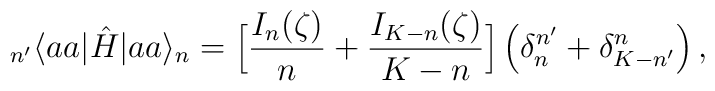
_{n'}\langle aa |\hat{H}| aa\rangle_n = \Big[\frac{I_n(\zeta)}{n} + \frac{I_{K-n}(\zeta)}{K-n}\Big]\,\Big(\delta_n^{n'}+\delta_{K-n'}^n\Big)\,,